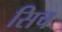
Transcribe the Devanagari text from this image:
सिच